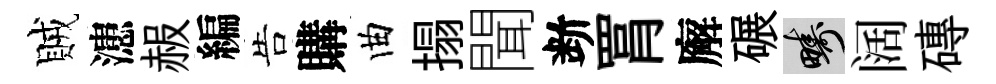
賊漶赧編告購曲搨聞断罥廨碾疇阔磚